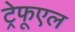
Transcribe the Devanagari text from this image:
ट्रेफूएल